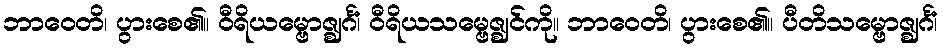
ဘာဝေတိ၊ ပွားစေ၏။ ဝီရိယမ္ဗောဇ္ဈင်္ဂံ၊ ဝီရိယသမ္ဗေဇ္ဈင်ကို။ ဘာဝေတိ၊ ပွားစေ၏။ ပီတိသမ္ဗောဇ္ဈင်္ဂံ၊